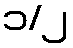
၁/၂